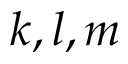
k , l , m